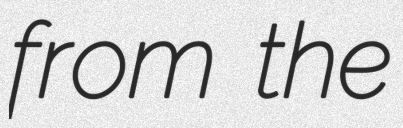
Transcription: from the